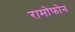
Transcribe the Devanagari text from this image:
रामोफोन